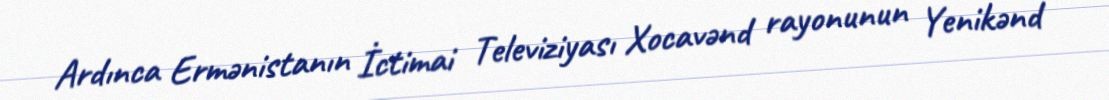
Ardınca Ermənistanın İctimai Televiziyası Xocavənd rayonunun Yenikənd